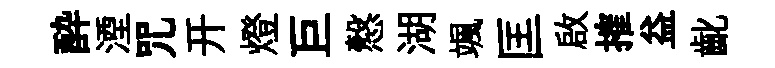
酔湮咒开燈巨慤湖颯匡啟搉益齔